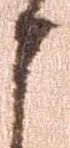
申